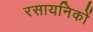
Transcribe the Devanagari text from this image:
रसायनिकों